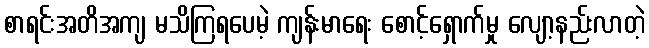
စာရင်းအတိအကျ မသိကြရပေမဲ့ ကျန်းမာရေး စောင့်ရှောက်မှု လျော့နည်းလာတဲ့